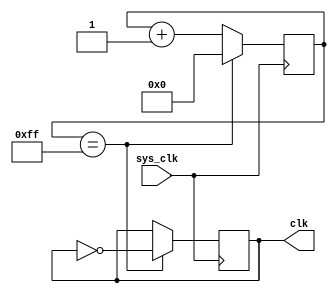
module cpu_clk(sys_clk,clk);
input sys_clk;
output reg clk;
reg [25:0] counter;

initial begin
  counter<=26'd0;
  clk<=0;
end

always @(posedge sys_clk) begin
  case (counter)
    26'b11111111: begin
      counter<=26'd0;
      clk<=~clk;
    end
    default: begin
      counter <= counter + 3'd1;
    end
  endcase
end

endmodule